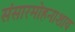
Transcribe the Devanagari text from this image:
संसारमोहनाशाय